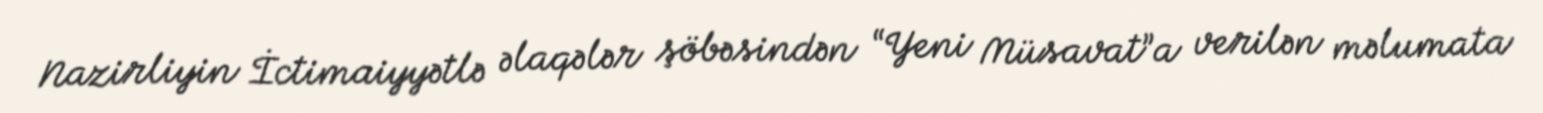
Nazirliyin İctimaiyyətlə əlaqələr şöbəsindən “Yeni Müsavat”a verilən məlumata